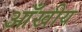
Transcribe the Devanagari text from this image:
आँखीय